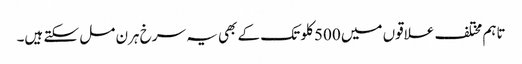
تاہم مختلف علاقوں میں 500 کلو تک کے بھی یہ سرخ ہرن مل سکتے ہیں۔